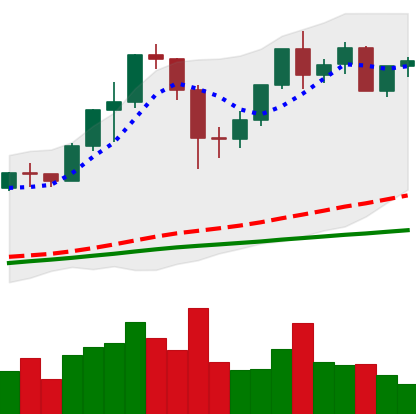
Ticker: ETH-USD
Chart end date: 2020-12-06
Forward return: -9.322%
Label: down_7plus